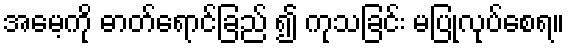
အမေ့ကို ဓာတ်ရောင်ခြည် ၍ ကုသခြင်း မပြုလုပ်စေရ။